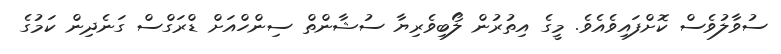
ސުވާލުވެސް ކޮށްފައިވެއެވެ. މީގެ އިތުރުން ލޯބިވެރިޔާ ސުޝާންތް ސިންހްއަށް ޑްރަގްސް ގަނެދިން ކަމުގެ